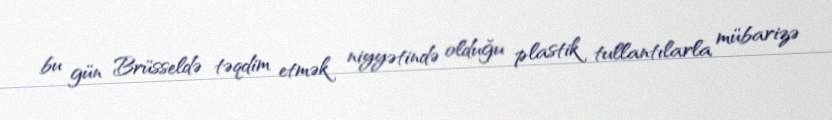
bu gün Brüsseldə təqdim etmək niyyətində olduğu plastik tullantılarla mübarizə